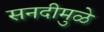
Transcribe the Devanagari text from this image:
सनदीमुळे